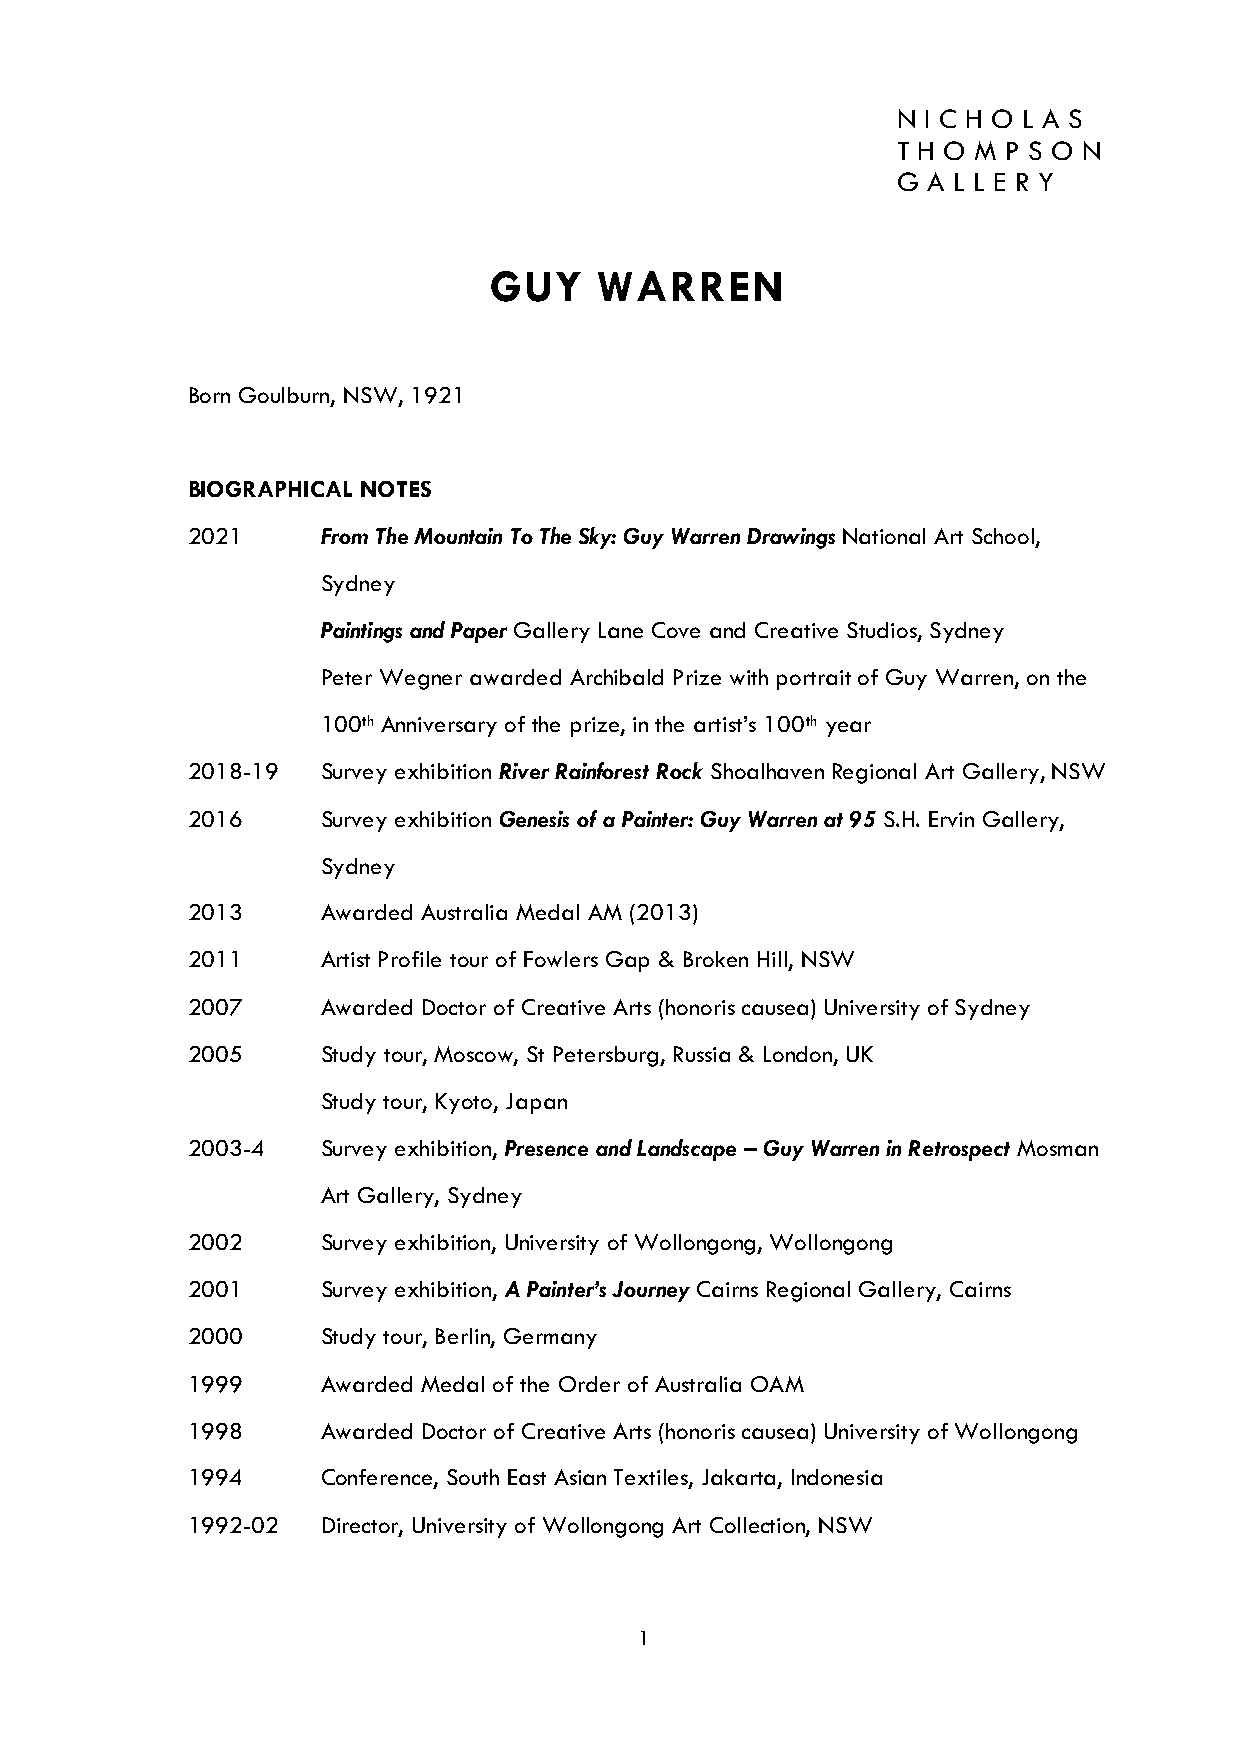
N I C H O L A S
 T H O M P S O N
 G A L L E R Y
 GUY     WARREN
 Born Goulburn, NSW, 1921
 BIOGRAPHICAL NOTES
 2021     From The Mountain To The Sky: Guy Warren Drawings National Art School,
 Sydney
 Paintings and Paper Gallery Lane Cove and Creative Studios, Sydney
 Peter Wegner awarded Archibald Prize with portrait of Guy Warren, on the
 100th Anniversary of the prize, in the artist’s 100th year
 2018-19  Survey exhibition River Rainforest Rock Shoalhaven Regional Art Gallery, NSW
 2016     Survey exhibition Genesis of a Painter: Guy Warren at 95 S.H. Ervin Gallery,
 Sydney
 2013     Awarded Australia Medal AM (2013)
 2011     Artist Profile tour of Fowlers Gap & Broken Hill, NSW
 2007     Awarded Doctor of Creative Arts (honoris causea) University of Sydney
 2005     Study tour, Moscow, St Petersburg, Russia & London, UK
 Study tour, Kyoto, Japan
 2003-4   Survey exhibition, Presence and Landscape – Guy Warren in Retrospect Mosman
 Art Gallery, Sydney
 2002     Survey exhibition, University of Wollongong, Wollongong
 2001     Survey exhibition, A Painter’s Journey Cairns Regional Gallery, Cairns
 2000     Study tour, Berlin, Germany
 1999     Awarded Medal of the Order of Australia OAM
 1998     Awarded Doctor of Creative Arts (honoris causea) University of Wollongong
 1994     Conference, South East Asian Textiles, Jakarta, Indonesia
 1992-02  Director, University of Wollongong Art Collection, NSW
 1